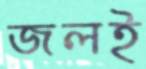
জলই